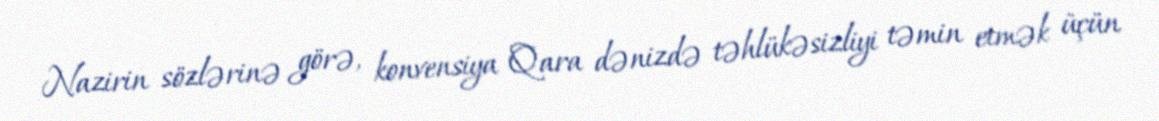
Nazirin sözlərinə görə, konvensiya Qara dənizdə təhlükəsizliyi təmin etmək üçün